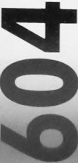
604